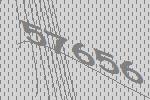
57656